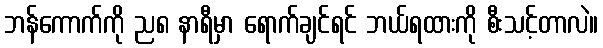
ဘန်ကောက်ကို ည၈ နာရီမှာ ရောက်ချင်ရင် ဘယ်ရထားကို စီးသင့်တာလဲ။